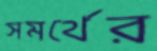
সমর্থের